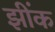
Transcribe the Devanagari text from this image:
झींक